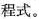
程式。